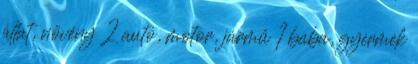
állat, növény 2 autó, motor, jármű 1 baba, gyermek